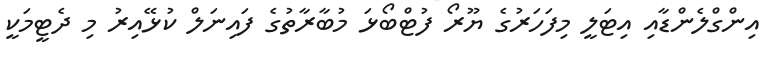
އިންގްލެންޑާއި އިޓަލީ މިފަހަރުގެ ޔޫރޯ ފުޓްބޯޅަ މުބާރާތުގެ ފައިނަލް ކުޅޭއިރު މި ދެޓީމަކީ